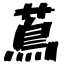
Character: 蔦